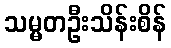
သမ္မတဦးသိန်းစိန်